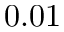
0 . 0 1